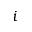
i